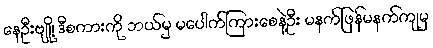
နေဦးဗျို့၊ ဒီစကားကို ဘယ်မှ မပေါက်ကြားစေနဲ့ဦး မနက်ဖြန်မနက်ကျမှ